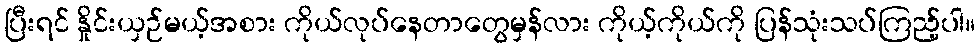
ပြီးရင် နှိုင်းယှဉ်မယ့်အစား ကိုယ်လုပ်နေတာတွေမှန်လား ကိုယ့်ကိုယ်ကို ပြန်သုံးသပ်ကြည့်ပါ။